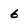
Character: 6